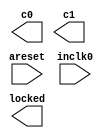
module pix_pll_bt (
	areset,
	inclk0,
	c0,
	c1,
	locked);
	input	  areset;
	input	  inclk0;
	output	  c0;
	output	  c1;
	output	  locked;
`ifndef ALTERA_RESERVED_QIS
// synopsys translate_off
`endif
	tri0	  areset;
`ifndef ALTERA_RESERVED_QIS
// synopsys translate_on
`endif
endmodule